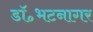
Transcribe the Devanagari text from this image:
डॉ॰भटनागर